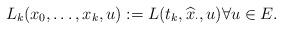
LaTeX: \begin{align*} L_k(x_0, \ldots, x_k,u):=L(t_k, \widehat{x}_{\cdot},u)\forall u\in E.\end{align*}